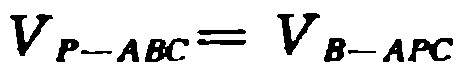
（1）. 求直线 \(AD\) 及抛物线的表达式；

（2）. 在抛物线上是否存在点 \(M\)，使得\(\triangle ADM\) 是以 \(AD\) 为直角边的直角三角形？若存在，求出所有点 \(M\) 的坐标；若不存在，请说明理由；